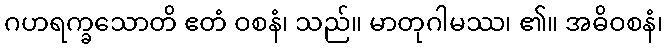
ဂဟရက္ခသောတိ ဧတံ ဝစနံ၊ သည်။ မာတုဂါမဿ၊ ၏။ အဓိဝစနံ၊